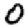
Digit: 0